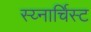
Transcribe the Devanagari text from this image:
स्य्नार्चिस्ट